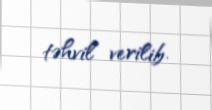
təhvil verilib.